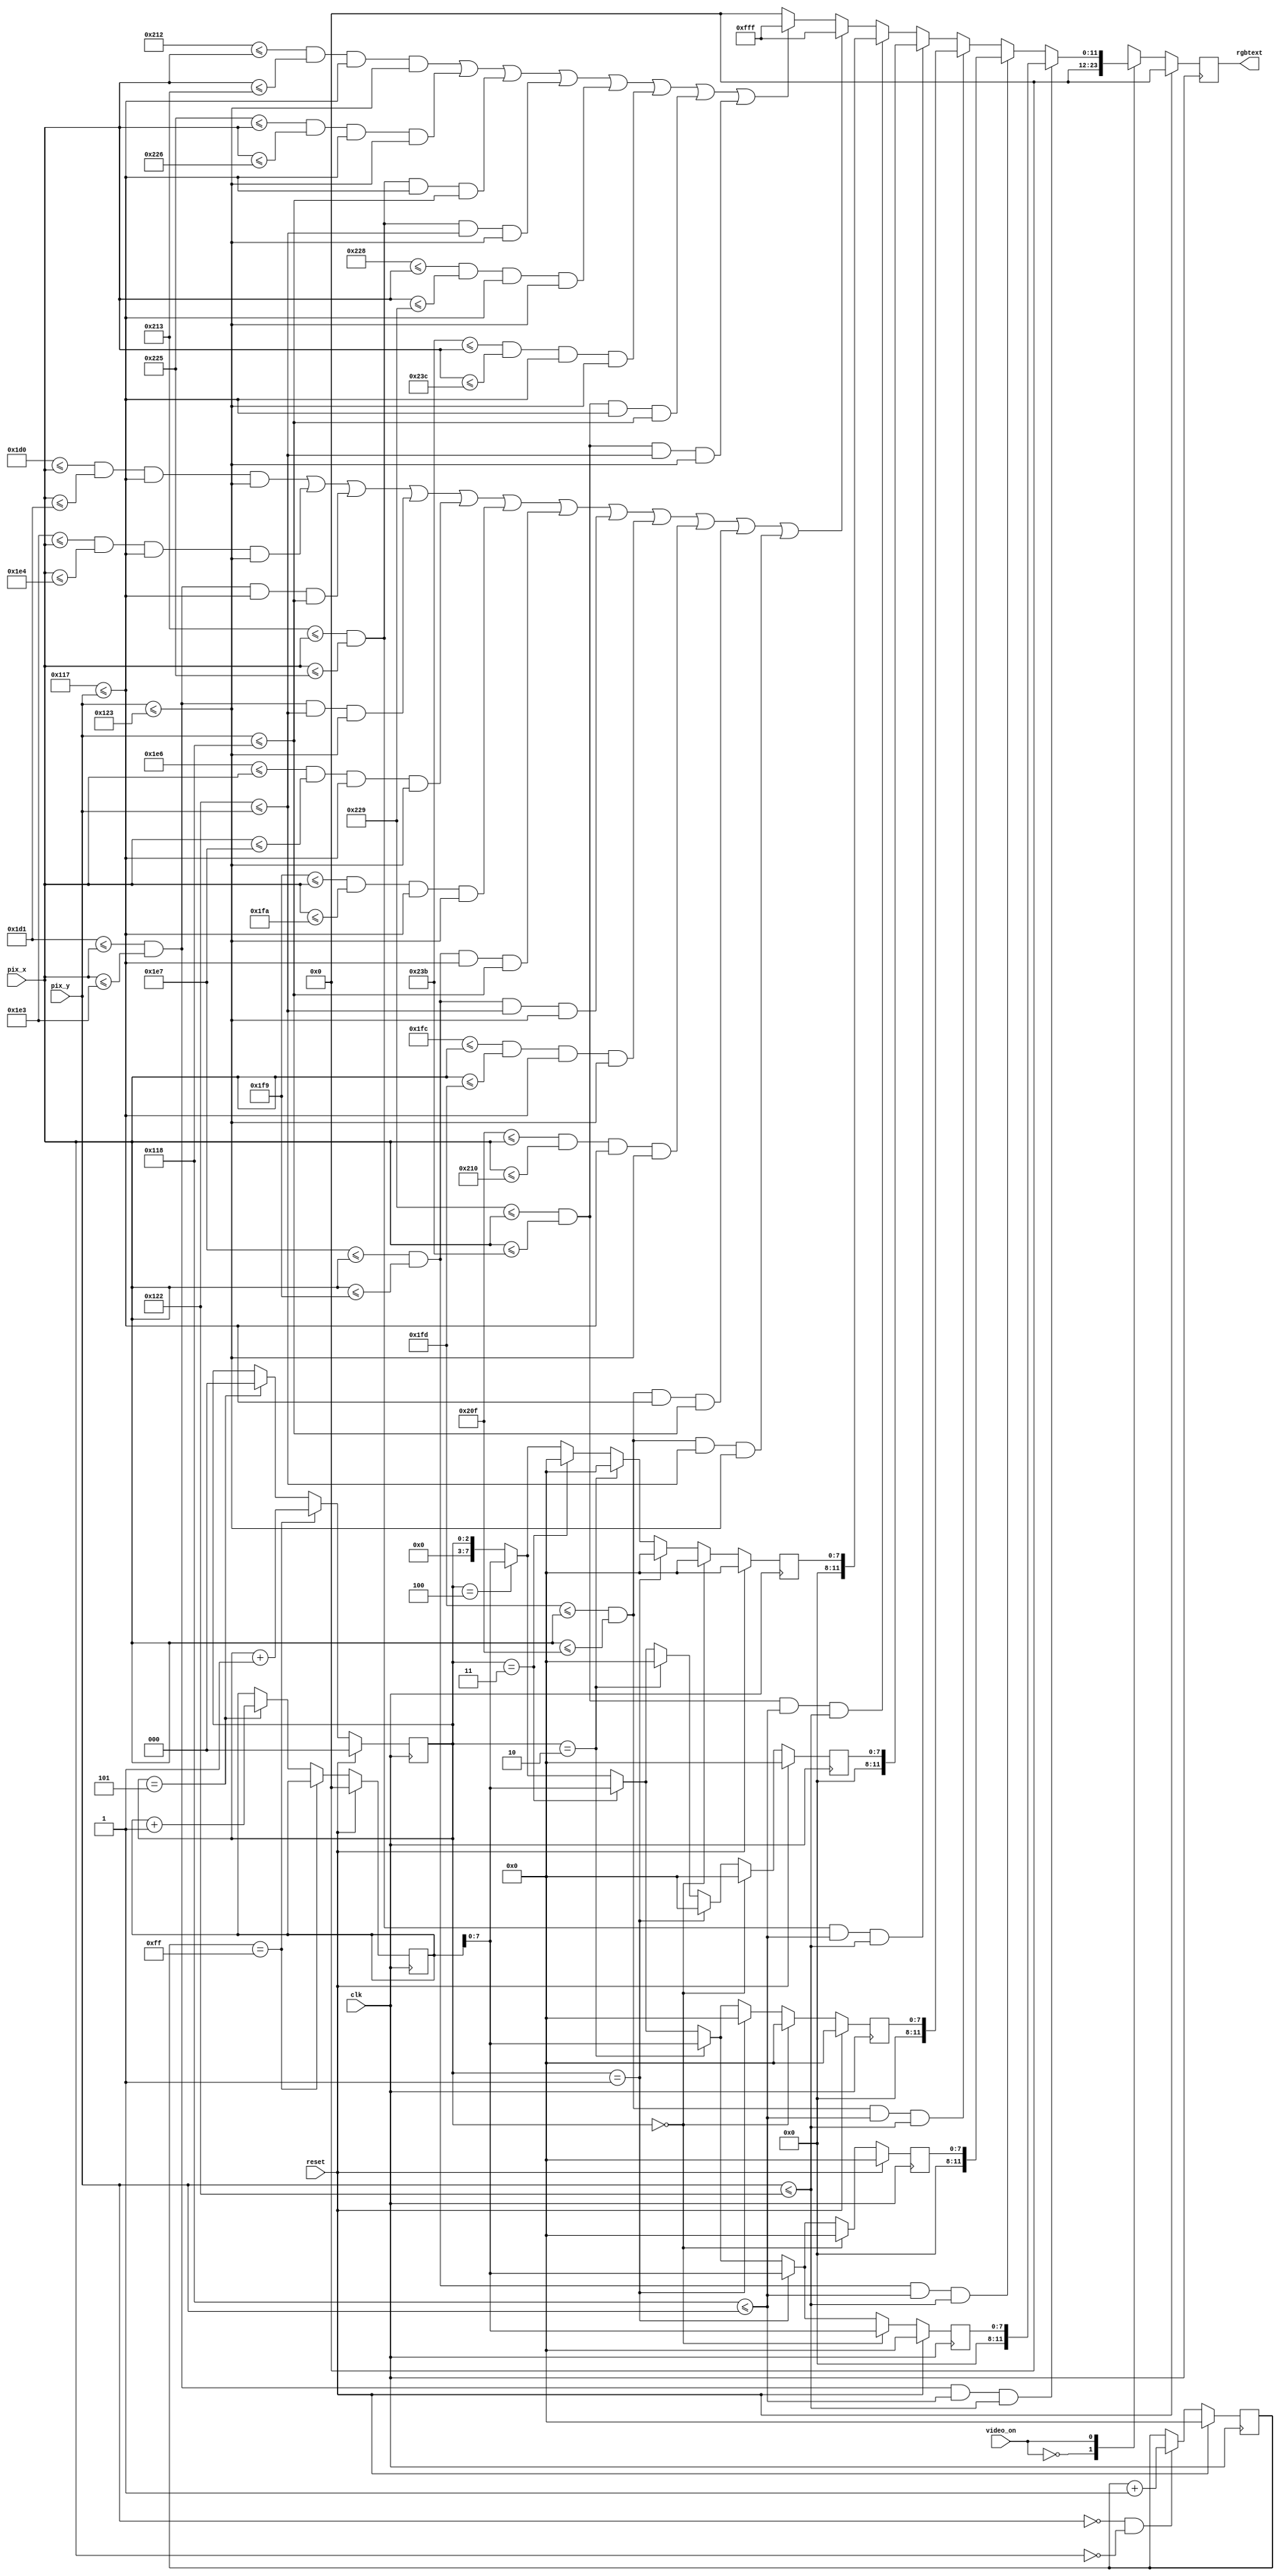
`timescale 1ns / 1ps
//////////////////////////////////////////////////////////////////////////////////
// Company:
// Engineer:
//
// Design Name:
// Module Name:    animado
// Project Name:
// Target Devices:
// Tool versions:
// Description:
//
// Dependencies:
//
// Revision:
// Revision 0.01 - File Created
// Additional Comments:
//
//////////////////////////////////////////////////////////////////////////////////
module animado(
   input reset,clk,
   input [9:0] pix_y, pix_x,
   input wire video_on,
   output  [11:0] rgbtext
    );



    //cajas para las horas
    //primer caja
    //vertical1

    	localparam media1v_left=464;
    	localparam media1v_right=465;
    	localparam media1v_y_t = 279;
    	localparam media1v_y_b = 291;
    	wire  media1v_on;
    	assign media1v_on = (media1v_left<=pix_x) && (pix_x<=media1v_right) &&
    	(media1v_y_t<=pix_y) && (pix_y<=media1v_y_b);
    //vertial2

    	localparam media2v_left=483;
    	localparam media2v_right=484;
    	localparam media2v_y_t = 279;
    	localparam media2v_y_b = 291;
    	wire  media2v_on;
    	assign media2v_on = (media2v_left<=pix_x) && (pix_x<=media2v_right) &&
    	(media2v_y_t<=pix_y) && (pix_y<=media2v_y_b);
    //horizontal1
    	localparam media1h_left=465;
    	localparam media1h_right=483;
    	localparam media1h_y_t = 279;
    	localparam media1h_y_b = 280;
    	wire  media1h_on;
    	assign media1h_on = (media1h_left<=pix_x) && (pix_x<=media1h_right) &&
    	(media1h_y_t<=pix_y) && (pix_y<=media1h_y_b);
    //horizontal2
    	localparam media2h_left=465;
    	localparam media2h_right=483;
    	localparam media2h_y_t = 290;
    	localparam media2h_y_b = 291;
    	wire  media2h_on;
    	assign media2h_on = (media2h_left<=pix_x) && (pix_x<=media2h_right) &&
    	(media2h_y_t<=pix_y) && (pix_y<=media2h_y_b);
    //------------------------------------------
    //segunda caja
    //------------------------------------------

    //vertical1

    	localparam media1v2_left=486;
    	localparam media1v2_right=487;
    	localparam media1v2_y_t = 279; //listos
    	localparam media1v2_y_b = 291;
    	wire  media1v2_on;
    	assign media1v2_on = (media1v2_left<=pix_x) && (pix_x<=media1v2_right) &&
    	(media1v2_y_t<=pix_y) && (pix_y<=media1v2_y_b);
    //vertial2

    	localparam media2v2_left=505;
    	localparam media2v2_right=506;
    	localparam media2v2_y_t = 279;
    	localparam media2v2_y_b = 291;
    	wire  media2v2_on;
    	assign media2v2_on = (media2v2_left<=pix_x) && (pix_x<=media2v2_right) &&
    	(media2v2_y_t<=pix_y) && (pix_y<=media2v2_y_b);
    //horizontal1
    	localparam media1h2_left=487;
    	localparam media1h2_right=505;
    	localparam media1h2_y_t = 279;
    	localparam media1h2_y_b = 280;
    	wire  media1h2_on;
    	assign media1h2_on = (media1h2_left<=pix_x) && (pix_x<=media1h2_right) &&
    	(media1h2_y_t<=pix_y) && (pix_y<=media1h2_y_b);
    //horizontal2
    	localparam media2h2_left=487;
    	localparam media2h2_right=505;
    	localparam media2h2_y_t = 290; //ready
    	localparam media2h2_y_b = 291;
    	wire  media2h2_on;
    	assign media2h2_on = (media2h2_left<=pix_x) && (pix_x<=media2h2_right) &&
    	(media2h2_y_t<=pix_y) && (pix_y<=media2h2_y_b);

    //tercera caja
    //------------------------------------------

    //vertical1

    	localparam media1v3_left=508;
    	localparam media1v3_right=509;
    	localparam media1v3_y_t = 279; //ready
    	localparam media1v3_y_b = 291;
    	wire  media1v3_on;
    	assign media1v3_on = (media1v3_left<=pix_x) && (pix_x<=media1v3_right) &&
    	(media1v3_y_t<=pix_y) && (pix_y<=media1v3_y_b);
    //vertial2

    	localparam media2v3_left=527;
    	localparam media2v3_right=528;
    	localparam media2v3_y_t = 279;
    	localparam media2v3_y_b = 291;
    	wire  media2v3_on;
    	assign media2v3_on = (media2v3_left<=pix_x) && (pix_x<=media2v3_right) &&
    	(media2v3_y_t<=pix_y) && (pix_y<=media2v3_y_b);
    //horizontal1
    	localparam media1h3_left=509;
    	localparam media1h3_right=527;
    	localparam media1h3_y_t = 279;
    	localparam media1h3_y_b = 280;
    	wire  media1h3_on;
    	assign media1h3_on = (media1h3_left<=pix_x) && (pix_x<=media1h3_right) &&
    	(media1h3_y_t<=pix_y) && (pix_y<=media1h3_y_b);
    //horizontal2
    	localparam media2h3_left=509;
    	localparam media2h3_right=527;
    	localparam media2h3_y_t = 290; //ready
    	localparam media2h3_y_b = 291;
    	wire  media2h3_on;
    	assign media2h3_on = (media2h3_left<=pix_x) && (pix_x<=media2h3_right) &&
    	(media2h3_y_t<=pix_y) && (pix_y<=media2h3_y_b);


//----------------cuarta

      	localparam fecha1v_left=530;
      	localparam fecha1v_right=531;
      	localparam fecha1v_y_t = 279;
      	localparam fecha1v_y_b = 291;
      	wire  fecha1v_on;
      	assign fecha1v_on = (fecha1v_left<=pix_x) && (pix_x<=fecha1v_right) &&
      	(fecha1v_y_t<=pix_y) && (pix_y<=fecha1v_y_b);
      //vertial2

      	localparam fecha2v_left=549;
      	localparam fecha2v_right=550;
      	localparam fecha2v_y_t = 279; //listo
      	localparam fecha2v_y_b = 291;
      	wire  fecha2v_on;
      	assign fecha2v_on = (fecha2v_left<=pix_x) && (pix_x<=fecha2v_right) &&
      	(fecha2v_y_t<=pix_y) && (pix_y<=fecha2v_y_b);
      //horizontal1
      	localparam fecha1h_left=531;
      	localparam fecha1h_right=549;
      	localparam fecha1h_y_t = 279; //listo
      	localparam fecha1h_y_b = 280;
      	wire  fecha1h_on;
      	assign fecha1h_on = (fecha1h_left<=pix_x) && (pix_x<=fecha1h_right) &&
      	(fecha1h_y_t<=pix_y) && (pix_y<=fecha1h_y_b);
      //horizontal2
      	localparam fecha2h_left=531;
      	localparam fecha2h_right=549;
      	localparam fecha2h_y_t = 290; //ok
      	localparam fecha2h_y_b = 291;
      	wire  fecha2h_on;
      	assign fecha2h_on = (fecha2h_left<=pix_x) && (pix_x<=fecha2h_right) &&
      	(fecha2h_y_t<=pix_y) && (pix_y<=fecha2h_y_b);

      //segunda caja en la fecha

      //vertical1

      	localparam fecha1v2_left=552;
      	localparam fecha1v2_right=553;
      	localparam fecha1v2_y_t = 279;  //listo
      	localparam fecha1v2_y_b = 291;
      	wire  fecha1v2_on;
      	assign fecha1v2_on = (fecha1v2_left<=pix_x) && (pix_x<=fecha1v2_right) &&
      	(fecha1v2_y_t<=pix_y) && (pix_y<=fecha1v2_y_b);
      //vertial2

      	localparam fecha2v2_left=571;
      	localparam fecha2v2_right=572;
      	localparam fecha2v2_y_t = 279;
      	localparam fecha2v2_y_b = 291;
      	wire  fecha2v2_on;
      	assign fecha2v2_on = (fecha2v2_left<=pix_x) && (pix_x<=fecha2v2_right) &&
      	(fecha2v2_y_t<=pix_y) && (pix_y<=fecha2v2_y_b);
      //horizontal1
      	localparam fecha1h2_left=553;
      	localparam fecha1h2_right=571;
      	localparam fecha1h2_y_t = 279;//ok
      	localparam fecha1h2_y_b = 280;
      	wire  fecha1h2_on;
      	assign fecha1h2_on = (fecha1h2_left<=pix_x) && (pix_x<=fecha1h2_right) &&
      	(fecha1h2_y_t<=pix_y) && (pix_y<=fecha1h2_y_b);
      //horizontal2
      	localparam fecha2h2_left=553;
      	localparam fecha2h2_right=571;
      	localparam fecha2h2_y_t = 290;//ok
      	localparam fecha2h2_y_b = 291;
      	wire  fecha2h2_on;
      	assign fecha2h2_on = (fecha2h2_left<=pix_x) && (pix_x<=fecha2h2_right) &&
      	(fecha2h2_y_t<=pix_y) && (pix_y<=fecha2h2_y_b);





//--------------------------------------------------------------------------------
//    simulacion de luces parametros y asgnaciones a coordenadas de activacion
//--------------------------------------------------------------------------------
localparam inity=280;
localparam endy=290;

localparam beginlight1X=465;
localparam beginlight2X=487;
localparam beginlight3X=509;
localparam beginlight4X=531;
localparam beginlight5X=553;


localparam endlight1X=483;
localparam endlight2X=505;
localparam endlight3X=527;
localparam endlight4X=549;
localparam endlight5X=571;

    wire light1,light2,light3,light4,light;

    assign light1=(beginlight1X<=pix_x) && (pix_x<=endlight1X) &&(inity<=pix_y) && (pix_y<=endy);
    assign light2=(beginlight2X<=pix_x) && (pix_x<=endlight2X) &&(inity<=pix_y) && (pix_y<=endy);
    assign light3=(beginlight3X<=pix_x) && (pix_x<=endlight3X) &&(inity<=pix_y) && (pix_y<=endy);
    assign light4=(beginlight4X<=pix_x) && (pix_x<=endlight4X) &&(inity<=pix_y) && (pix_y<=endy);
    assign light5=(beginlight5X<=pix_x) && (pix_x<=endlight5X) &&(inity<=pix_y) && (pix_y<=endy);

//----------------------------------------------------------------
//										inicio de animacion, cuerpo
//----------------------------------------------------------------
reg [7:0] count1reg;
reg [11:0] count2reg;
reg [2:0] count2regaux;
reg [2:0] count2regaux2;

reg [4:0] fast1;
reg [1:0] fast2;

//----------------------------------------------------------------
//										cuenta lenta
//----------------------------------------------------------------
always @(posedge clk)begin
    if(reset) begin
          count1reg<=0;
			 fast1<=0;
    end
    else if((pix_y==0) && (pix_x==0)) begin
          count1reg<=count1reg+1;
			 fast1<=fast1+1;
			 end

	 else begin
			 count1reg<=count1reg;
			 fast1<=fast1;
    end
end

//----------------------------------------------------------------
//									cuenta por segundo
//----------------------------------------------------------------

always @(posedge clk)begin
    if(reset) begin
      count2reg<=0;
			 count2regaux<=0;
			 count2regaux2<=0;
			 fast2<=0;
          end
    else if(count1reg==255) begin
			 count2regaux<=count2regaux+1;
			 count2regaux2<=count2regaux2+1;
			 end
	 else if(count2regaux==5)begin
			 count2regaux<=0;
			 count2reg<=count2reg+1;
			 end
	else if(fast1==31)begin  //cuenta a un 1/5 de s
			 fast2<=fast2+1;
			 end
//	else if(count2regaux==5)begin  //cuenta a un 1/5 de s
	//		 fast2<=0;
		//	 end
	 else begin
			 count2reg<=count2reg;
			 count2regaux<=count2regaux;
			 fast2<=fast2;
		 end
end


//----------------------------------------------------------------
//		maquina de estados generadora de la secuencia de luces
//----------------------------------------------------------------


reg  [7:0] rgb1;
reg  [7:0] rgb2;
reg  [7:0] rgb3;
reg  [7:0] rgb4;
reg  [7:0] rgb5;


parameter s0=0,s1=1,s2=2,s3=3,s4=4;
reg [1:0] state;

always @(posedge clk) begin
	if(reset)begin
		  rgb1<=0;
		  rgb2<=0;
		  rgb3<=0;
		  rgb4<=0;
		  rgb5<=0;
	end
	else begin
			if(count2regaux==0) begin
					  rgb1 <= {count2reg[11:8],count2reg[7:4],count2reg[3:0]};
						rgb2 <=0;
						rgb3 <=0;
						rgb4 <=0;
						rgb5 <=0;
			end
			else if(count2regaux==1) begin
					   rgb1 <={count2reg[11:8],count2reg[7:4],count2reg[3:0]};
						rgb2 <={count2reg[11:8],count2reg[7:4],count2reg[3:0]};
						rgb3 <=0;
						rgb4 <=0;
						rgb5 <=0;
			end
			else if(count2regaux==2) begin
					   rgb1 <={count2reg[11:8],count2reg[7:4],count2reg[3:0]};
						rgb2 <={count2reg[11:8],count2reg[7:4],count2reg[3:0]};
						rgb3 <={count2reg[11:8],count2reg[7:4],count2reg[3:0]};
						rgb4 <=0;
						rgb5 <=0;
			end
			else if(count2regaux==3) begin
					   rgb1 <={1'b0,1'b0,1'b0,1'b0,count2reg[7:4],count2reg[3:0]};;
						rgb2 <={1'b0,1'b0,1'b0,1'b0,count2reg[7:4],count2reg[3:0]};;
						rgb3 <={1'b0,1'b0,1'b0,1'b0,count2reg[7:4],count2reg[3:0]};;
						rgb4 <={1'b0,1'b0,1'b0,1'b0,count2reg[7:4],count2reg[3:0]};;
						rgb5 <=0;
			end
			else if(count2regaux==4) begin
					   rgb1 <={count2reg[11:8],count2reg[7:4],count2reg[3:0]};
						rgb2 <={count2reg[11:8],count2reg[7:4],count2reg[3:0]};
						rgb3 <={count2reg[11:8],count2reg[7:4],count2reg[3:0]};
						rgb4 <={count2reg[11:8],count2reg[7:4],count2reg[3:0]};
						rgb5 <={count2reg[11:8],count2reg[7:4],count2reg[3:0]};
			end

			else begin
						rgb1 <=count2regaux;
						rgb2 <=count2regaux;
						rgb3 <=count2regaux;
						rgb4 <=count2regaux;
						rgb5 <=count2regaux;
			end
		end
end

//----------------------------------------------------------------
//										salida cajitas
//----------------------------------------------------------------
reg [11:0]  rgbnumero;

always@(posedge clk)
			if(reset)
					rgbnumero<=12'h00;
			else begin
						case(video_on)
						0: begin
								rgbnumero<=12'h00;
								end

						1: begin
									if(light1)
										rgbnumero<=rgb1;
									else if(light2 )
										rgbnumero<=rgb2;
									else if(light3 )
										rgbnumero<=rgb3;
								   else if(light4 )
										rgbnumero<=rgb4;
                    else if(light5 )
                     rgbnumero<=rgb5;
                    else if (media1v_on | media2v_on | media1h_on | media2h_on |media1v2_on | media2v2_on|media1h2_on |media2h2_on |media1v3_on | media2v3_on|media1h3_on |media2h3_on)
                      rgbnumero<=12'hfff;
                    else if(fecha1v_on | fecha2v_on | fecha1h_on | fecha2h_on |fecha1v2_on | fecha2v2_on | fecha1h2_on | fecha2h2_on)
                      rgbnumero<=12'hfff;
                    else
										rgbnumero<=12'h000;
						   end

						default:rgbnumero<=12'h000;
						endcase
end


assign rgbtext=rgbnumero;

endmodule